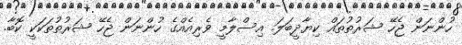
ހުންނަން ޖެހޭ ޝަރުތުތައް ކިޔާދީބަލަ. އިސްލާމީ ވެރިއެއްގެ ހުންނަން ޖެހޭ ޝަރުތުތަކަކީ ކޮބާ.